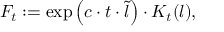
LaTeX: F _ { t } : = \exp \left( c \cdot t \cdot \tilde { l } \right) \cdot K _ { t } ( l ) ,